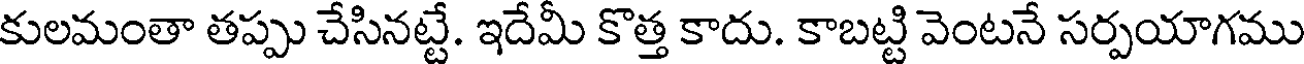
కులమంతా తప్పు చేసినట్టే. ఇదేమీ కొత్త కాదు. కాబట్టి వెంటనే సర్పయాగము